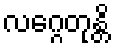
လဂ္ဂေတုန္တိ